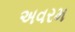
અવરમ